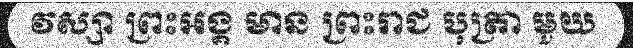
វស្សា ព្រះអង្គ មាន ព្រះរាជ បុត្រា មួយ